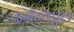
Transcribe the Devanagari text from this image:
इमॅन्यएल